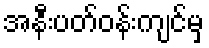
အနီးပတ်ဝန်းကျင်မှ